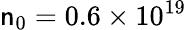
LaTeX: \mathsf{n}_{0}=0.6\times10^{19}